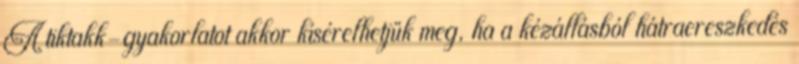
A tiktakk-gyakorlatot akkor kísérelhetjük meg, ha a kézállásból hátraereszkedés